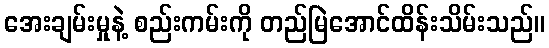
အေးချမ်းမှုနဲ့ စည်းကမ်းကို တည်မြဲအောင်ထိန်းသိမ်းသည်။